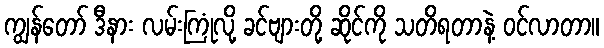
ကျွန်တော် ဒီနား လမ်းကြုံလို့ ခင်ဗျားတို့ ဆိုင်ကို သတိရတာနဲ့ ဝင်လာတာ။